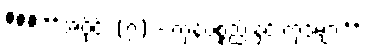
### **အပိုင်း (၇) - ကုန်ပစ္စည်းနှင့် ကုဒ်များ**